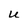
Character: U